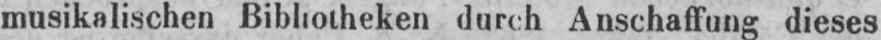
musikalischen Bibliotheken durch Anschaffung dieses